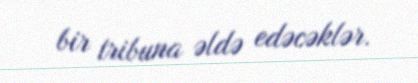
bir tribuna əldə edəcəklər.